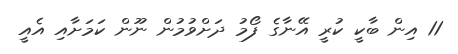
11 އިން ބާކީ ކުރީ އޭނާގެ ފޯމު ދަށްވުމުން ނޫން ކަމަށާއި އެއީ